Lunatic asylums Central Provinces reports 1895-1909 - 1895-1909
Year: 1895
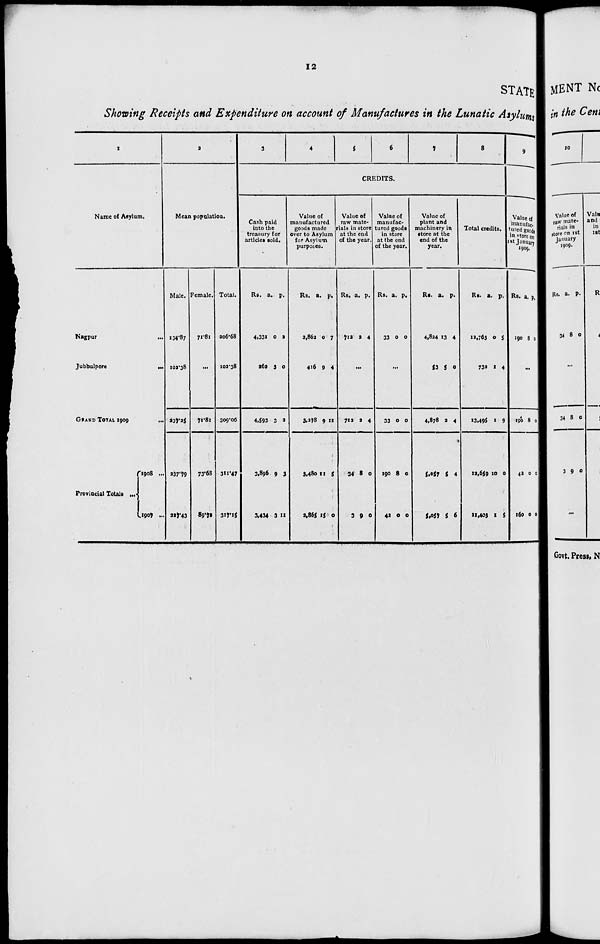
12
STATE
Showing Receipts and Expenditure on account of Manufactures in the Lunatic Asylums
1
Name of Asylum.
Nagpur ...
Jubbulpore
...
GRAND TOTAL 1909
...
Provincial Totals ...
1908 ...
1907 ..
2
Mean population.
Male.
134.87
102.38
237.25
237.79
227.43
Female.
71.81
...
71.81
73.68
89.72
Total.
206.68
102.38
309.06
311.47
317.15
3
4
5
6
7
8
9
CREDITS.
Cash paid
into the
treasury for
articles sold.
Rs.
4,331
262
4,593
3,896
3,434
a.
0
3
3
9
3
p.
2
0
2
3
11
Value of
manufactured
goods made
over to Asylum
for Asylum
purposes.
Rs.
2,862
416
3,278
3.480
2,865
a.
0
9
9
11
15
p.
7
4
11
5
0
Value of
raw mate-
rials in store
at the end
of the year.
Rs.
712
a.
2
p.
4
...
712
34
3
2
8
9
4
0
0
Value of
manufac-
tured goods
in store
at the end
of the year.
Rs.
33
a.
0
p.
0
...
33
190
42
0
8
0
0
0
0
Value of
plant and
machinery in
store at the
end of the
year.
Rs.
4,824
53
4,878
5,057
5,057
a.
13
5
2
5
5
p.
4
0
4
4
6
Total credits.
Rs.
12,763
732
13,495
12,659
11,403
a.
0
1
1
10
1
p.
5
4
9
0
5
Value of
manufac-
tured goods
in store on
1 st January
1909.
Rs.
190
a.
8
p.
0
...
190
42
160
8
0
0
0
0
0